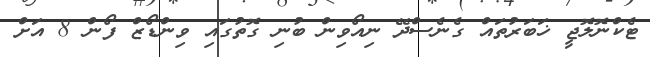
ޓެކްނޮލޮޖީ ޚަބަރުތައް ގެނެސްދޭ ނިއޯވިން ބުނި ގޮތުގައި ވިންޑޯޒް ފޯން 8 އަށް